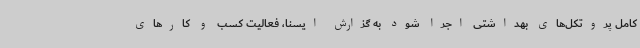
کامل پروتکل‌های بهداشتی اجرا شود به گزارش ایسنا، فعالیت کسب و کارهای